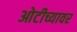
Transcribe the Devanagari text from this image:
ओटीच्यावर